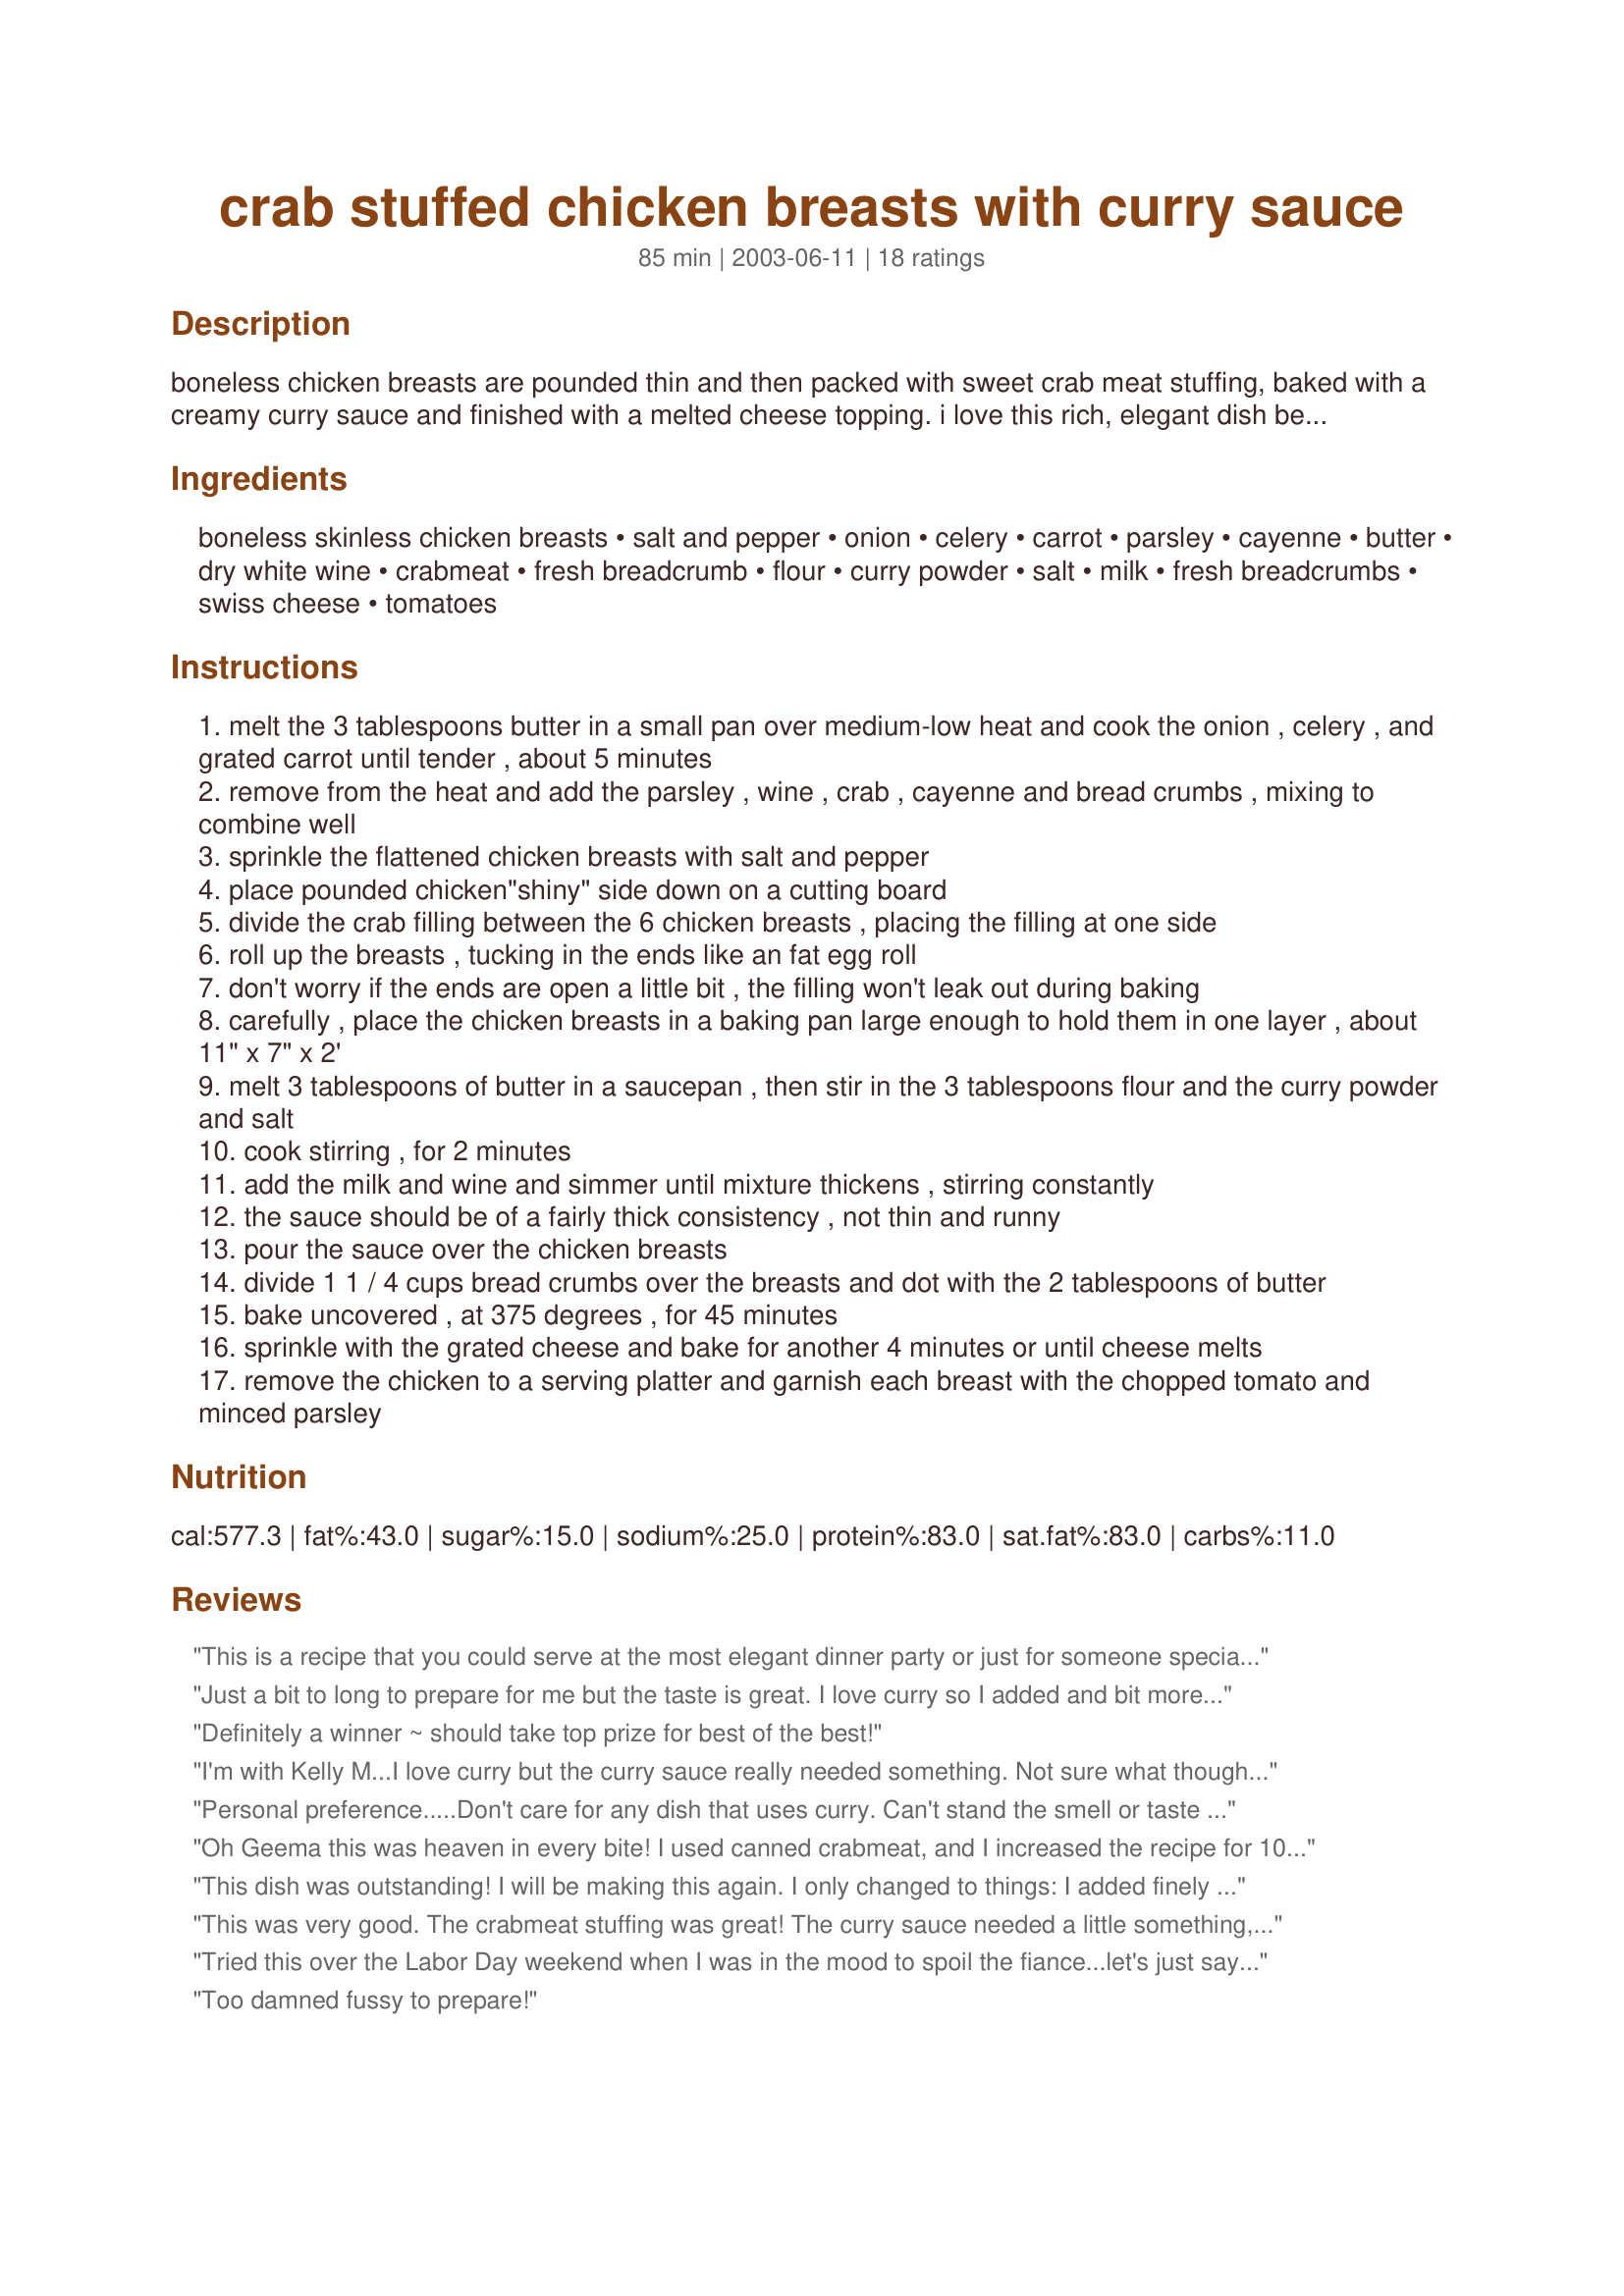
crab stuffed chicken breasts with curry sauce
Preparation time: 85 minutes

boneless chicken breasts are pounded thin and then packed with sweet crab meat stuffing, baked with a creamy curry sauce and finished with a melted cheese topping. i love this rich, elegant dish because i can make it ahead of time and then just easily slip it into the oven 50 minutes before serving.

Ingredients:
boneless skinless chicken breasts, salt and pepper, onion, celery, carrot, parsley, cayenne, butter, dry white wine, crabmeat, fresh breadcrumb, flour, curry powder, salt, milk, fresh breadcrumbs, swiss cheese, tomatoes

Steps:
melt the 3 tablespoons butter in a small pan over medium-low heat and cook the onion , celery , and grated carrot until tender , about 5 minutes
remove from the heat and add the parsley , wine , crab , cayenne and bread crumbs , mixing to combine well
sprinkle the flattened chicken breasts with salt and pepper
place pounded chicken"shiny" side down on a cutting board
divide the crab filling between the 6 chicken breasts , placing the filling at one side
roll up the breasts , tucking in the ends like an fat egg roll
don't worry if the ends are open a little bit , the filling won't leak out during baking
carefully , place the chicken breasts in a baking pan large enough to hold them in one layer , about 11" x 7" x 2'
melt 3 tablespoons of butter in a saucepan , then stir in the 3 tablespoons flour and the curry powder and salt
cook stirring , for 2 minutes
add the milk and wine and simmer until mixture thickens , stirring constantly
the sauce should be of a fairly thick consistency , not thin and runny
pour the sauce over the chicken breasts
divide 1 1 / 4 cups bread crumbs over the breasts and dot with the 2 tablespoons of butter
bake uncovered , at 375 degrees , for 45 minutes
sprinkle with the grated cheese and bake for another 4 minutes or until cheese melts
remove the chicken to a serving platter and garnish each breast with the chopped tomato and minced parsley

Reviews:
 This is a recipe that you could serve at the most elegant dinner party or just for someone special at home. The presentation is beautiful - the taste equals the presentation. The chicken was moist, beautifully browned on top & the finishing touch with red tomato and parsley. just set it off! The curry sauce was not a strong flavor but rather melded into the other herbs and enhaced the flavor. I cut the recipe in half - no problem. The instructions were very clear - easy step by step instruction turned this gourmet recipe into an easy do at home feast.. An added bonus was the ability to cook this recipe in a toaster oven ( it has been very hot here). I loosely covered the chicken with foil just floating loosely on top for the first half hour - and for the last 15-20 minutes uncovered it to get the chicken and the cheese golden. The only difference I made to the recipe was that I used Madiera wine not white. This recipe will be a regular for special guests - Thank-you super creative chef
Just a bit to long to prepare for me but the taste is great. I love curry so I added and bit more.Did not have white wine so added chicken broth. That may have changed the flavor a little, but still good.
Definitely a winner ~ should take top prize for best of the best!
I'm with Kelly M...I love curry but the curry sauce really needed something. Not sure what though. The chicken was moist.. but I don't think I'd make this again.
Personal preference.....Don't care for any dish that uses curry. Can't stand the smell or taste of it. Very involved recipe, but is probably good for the curry lover.
Oh Geema this was heaven in every bite! I used canned crabmeat, and I increased the recipe for 10 chicken breasts to feed 4 people, I did not secure the stuffed rolled breasts with any toothpicks and they held perfectly, I used half and half cream in place of milk for the sauce and did make some amount adjustments with the doubled recipe. I prepared the crab filling and rolled up the breasts early in the day and refrigerated until ready to be baked. This time I served this dish to my family with rave reviews, I plan on making this again to serve to guests in the near future, thanks so much for sharing hon!...Kitten:)
This dish was outstanding! I will be making this again. I only changed to things: I added finely chopped red bell peppers and I substituted fresh cilantro for the parsley. Thanks for the elegant recipe.
This was very good. The crabmeat stuffing was great! The curry sauce needed a little something, but I can't put my finger on it..pretty good none the less. I made one breast without the cheese topping and one with...good both ways but I think I preferred without, as the curry sauce is pretty thick and didnt really need the extra melted cheese. Fairly simple to make and not time consuming. However, I did cook mine only about 40 minutes and I they were slightly overdone for my liking, so you may want to watch the cook time. I will try this dish again and will definetly use the stuffing again.
Tried this over the Labor Day weekend when I was in the mood to spoil the fiance...let's just say, he was one happy boy! This was a wonderful dish, perfectly seasoned and a great intro to curry for the novice (me)! Thanks so much - it's now on our list of favorites!
Too damned fussy to prepare!
I can't really say why we didn't love this - it was good -just not great. Sauce was a little bland and I had already added more curry powder. For all the work, I don't think I'd make it again.
Well I think I found the winner!! This was just outstanding, of all the recipes I tried, this is the one I'll be doing for company. From begining to end the taste was marvelous. The stuffing has just enough heat to make it interesting, the chicken was cooked perfectly, still moist and the sauce brought the whole thing together. And what a perfect ending, scrumptious Swiss cheese. The topping of tomatoes and parsley was a great choice to finish it off, the coolness against the heat of the stuffing and sauce. The butter and the wine made a special addition to the taste, the curry was just right, not overpowering.
I used immitation crab and 2% milk, I can imagine it would have been even richer with cream, (although it didn't call for cream) and real crab, maybe next time.
I have only one complaint (very small), the recipe said 30 minutes prep time, that was way off, it took me an hour to get it to the oven, maybe I'm slow, in any case next time I'll make it in the morning or even the night before and by the way it was worth every extra minute it took to prepare. The cook time was right on perfect.
The instructions were very clear and easy to follow. Thank-you for a perfectly wonderful dinner, this one will go in my hard copy.
This is FABULOUS! I definitely know what I'll serve if I have a dinner party any time in the near future. This is so lovely! Im a curry finatic, so I used just a tad more curry powder, hehe and just a touch more cayenne :-) I made only 3 servings, because I have a picky family! haha. This is beautiful and delcious. Definitely a recipe for my perm. file :-) thanks!! GOOD LUCK!
I love this recipe, and everyone else eating did too! The instructions were clear and the result was mmmm mmmm good! This was so good. I hope it wins the contest!
This was an easy recipe to follow- just make sure you have all the ingredients before you begin! It helps to slice the chicken breasts to make them thinner, as well as pounding them. Bigger breasts would work better for the rolling step.(that sounds weird!) I had extra "filling" which I plan on freezing and saving to use as a filling for fish. I also used toothpicks to help hold them together. My husband and I liked this dish, but our 14 yr. old son was freaked out by the curry!
If you are looking for a real nice tasting light curry sauce, this is the recipe to try. 

I used some cut up button mushrooms which I had tossed on top of the dish prior to baking... and they added to the dish. I would doubled the amount of mild curry powder for a slightly richer taste next time. I also added some chopped up cilentro with the tomatoes when served... along with plain white rice. 

This is a wonderful presentation dish with the yellow curry sauce and red chopped up tomatoes. Try it!
Great..
This is completely delicious. There were just the two of us here for dinner tonight, so I scaled it for two. Worked very well, but I found I needed to cook it for maybe 5 minutes less as a result. DH says that it's restaurant quality. Good luck in the contest!
